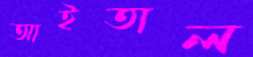
আইতাল